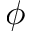
\phi